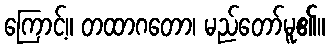
ကြောင့်။ တထာဂတော၊ မည်တော်မူ၏။